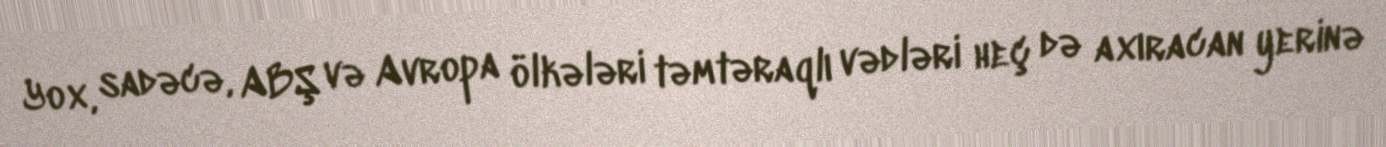
Yox, sadəcə, ABŞ və Avropa ölkələri təmtəraqlı vədləri heç də axıracan yerinə